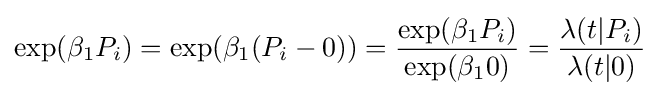
\exp(\beta _{1}P_{i})=\exp(\beta _{1}(P_{i}-0))={\frac {\exp(\beta _{1}P_{i})}{\exp(\beta _{1}0)}}={\frac {\lambda (t|P_{i})}{\lambda (t|0)}}